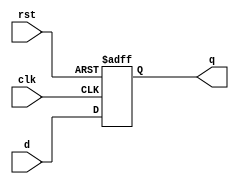
`timescale 1ns / 1ps

module d_flip_flop (
    input wire clk,
    input wire rst,
    input wire d,
    output reg q
);

always @(posedge clk or posedge rst ) begin
    if (rst)
        q <= 1'b0;
    else
        q <= d;
end

endmodule

module siso_register (
    input wire clk,
    input wire rst,
    input wire serial_in,
    output wire serial_out
);

wire q1, q2, q3, q4;

// Instantiate four D flip-flops
d_flip_flop dff1 (.clk(clk), .rst(rst), .d(serial_in), .q(q1));
d_flip_flop dff2 (.clk(clk), .rst(rst), .d(q1), .q(q2));
d_flip_flop dff3 (.clk(clk), .rst(rst), .d(q2), .q(q3));
d_flip_flop dff4 (.clk(clk), .rst(rst), .d(q3), .q(q4));

// Output of the last flip-flop is the serial output
assign serial_out = q4;

endmodule